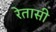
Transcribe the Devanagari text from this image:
रेतासी